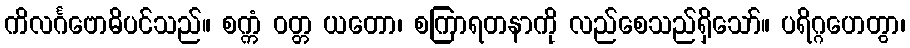
ကိလင်္ဂဗောဓိပင်သည်။ စက္ကံ ဝတ္တ ယတော၊ စကြာရတနာကို လည်စေသည်ရှိသော်။ ပရိဂ္ဂဟေတွာ၊